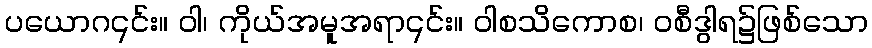
ပယောဂ၎င်း။ ဝါ၊ ကိုယ်အမူအရာ၎င်း။ ဝါစသိကောစ၊ ဝစီဒွါရ၌ဖြစ်သော